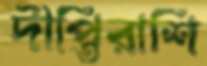
দীপ্তিরাশি